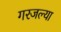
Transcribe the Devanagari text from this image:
गरजल्या